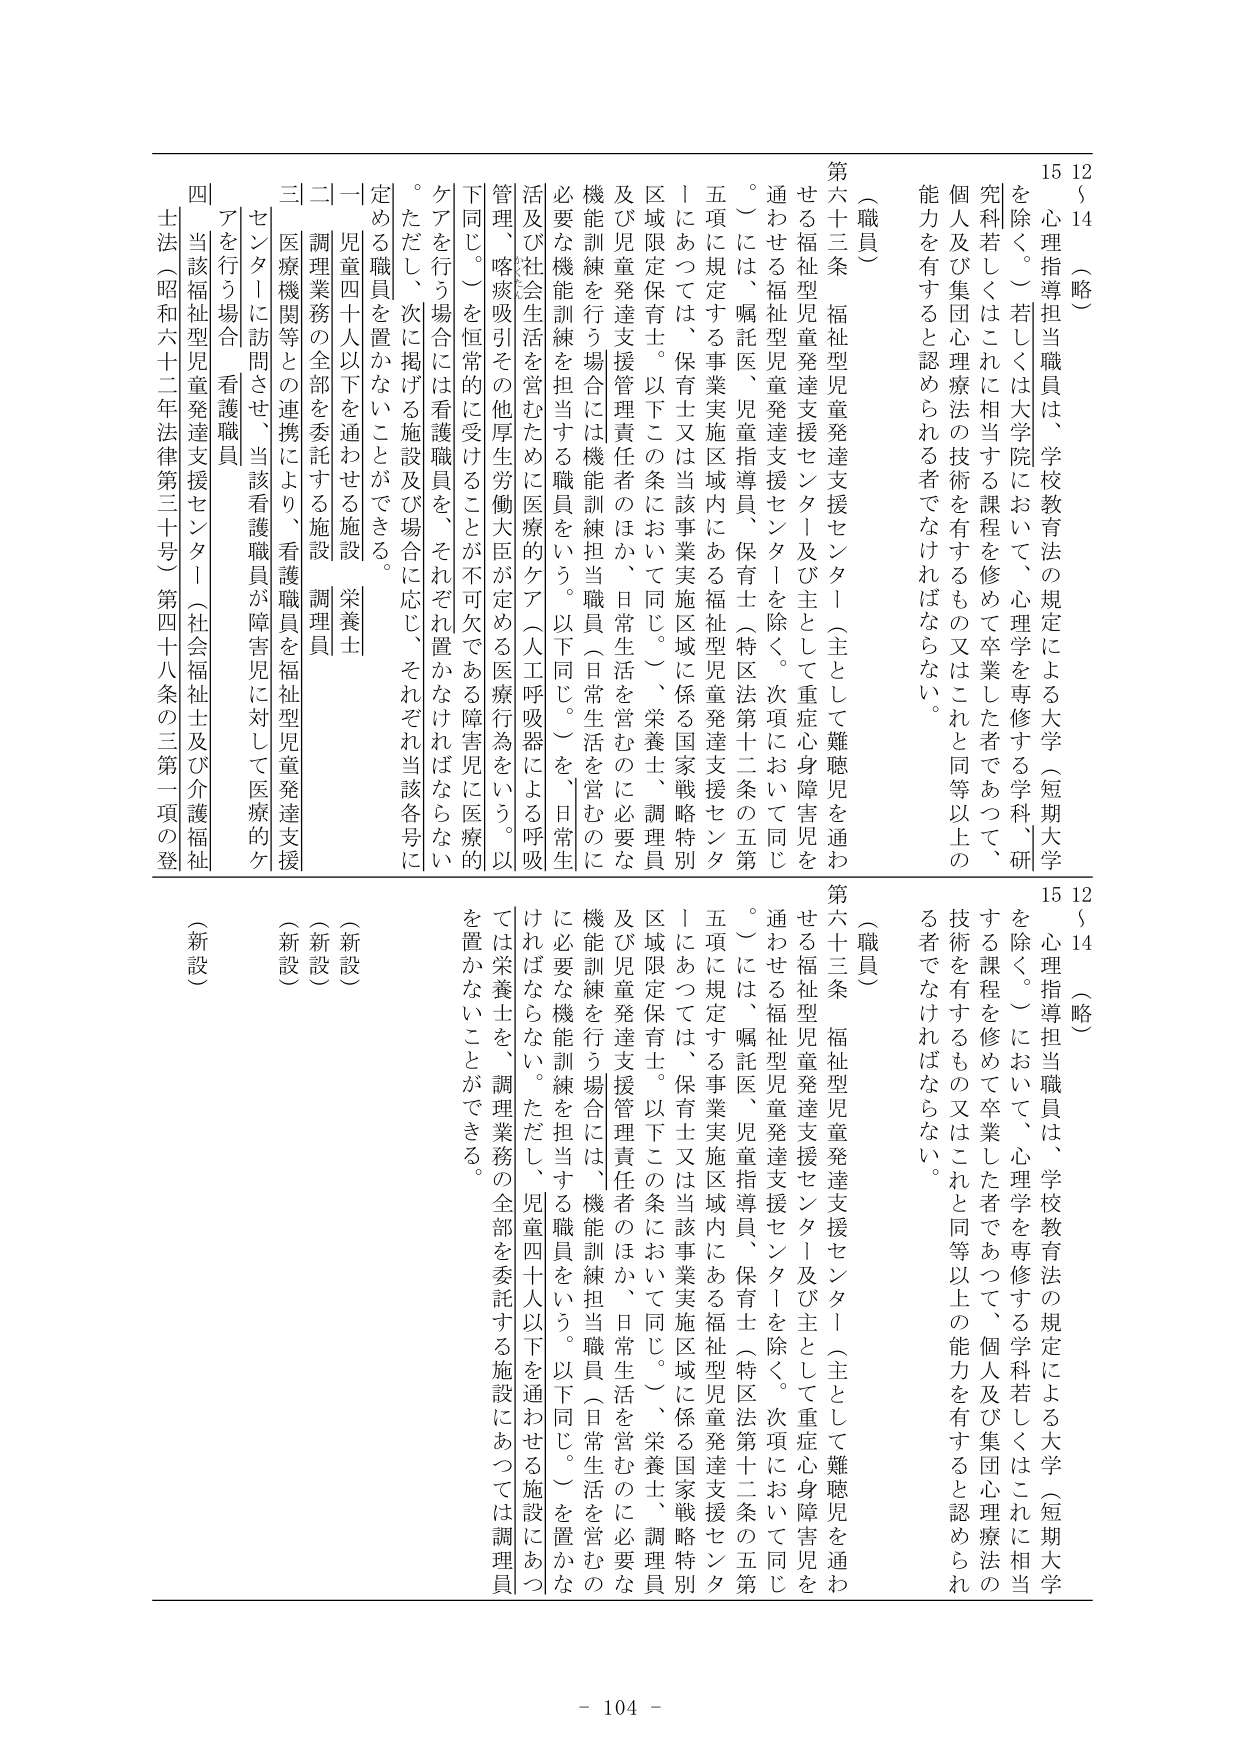
12
14
（略）
15
心理指導担当職員は、学校教育法の規定による大学（短期大学
を除く。）若しくは大学院において、心理学を専修する学科（研
究科若しくはこれに相当する課程を修めて卒業した者であつて、
個人及び集団心理療法の技術を有するもの又はこれと同等以上の
能力を有すると認められる者でなければならない。
（職員）
第六十三条　福祉型児童発達支援センター（主として難聴児を通わ
せる福祉型児童発達支援センター及び主として重症心身障害児を
通わせる福祉型児童発達支援センターを除く。次項において同じ
。）には、嘱託医、児童指導員、保育士（特区法第十二条の五第
五項に規定する事業実施区域内にある福祉型児童発達支援センター
にあつては、保育士又は当該事業実施区域に係る国家戦略特別
区域限定保育士。以下この条において同じ。）、栄養士、調理員
及び児童発達支援管理責任者のほか、日常生活を営むのに必要な
機能訓練を行う場合には機能訓練担当職員（日常生活を営むのに
必要な機能訓練を担当する職員をいう。以下同じ。）を、日常生
活及び社会生活を営むために医療的ケア（人工呼吸器による呼吸
管理、喀痰吸引その他厚生労働大臣が定める医療行為をいう。以
下同じ。）を恒常的に受けることが不可欠である障害児に医療的
ケアを行う場合には看護職員を、それぞれ置かなければならない
。ただし、次に掲げる施設及び場合に応じ、それぞれ該各号に
定める職員を置かないことができる。
一　児童四十人以下を通わせる施設　栄養士
二　調理業務の全部を委託する施設　調理員
三　医療機関との連携により、看護職員が福祉型児童発達支援
センターに訪問させ、当該看護職員が障害児に対して医療的ケ
アを行う場合　看護職員
四　当該福祉型児童発達支援センター（社会福祉士及び介護福祉
士法（昭和六十二年法律第三十号）第四十八条の三第一項の登
（新設）
12
14
（略）
15
心理指導担当職員は、学校教育法の規定による大学（短期大学
を除く。）において、心理学を専修する学科若しくはこれに相当
する課程を修めて卒業した者であつて、個人及び集団心理療法の
技術を有するもの又はこれと同等以上の能力を有すると認められ
る者でなければならない。
（職員）
第六十三条　福祉型児童発達支援センター（主として難聴児を通わ
せる福祉型児童発達支援センター及び主として重症心身障害児を
通わせる福祉型児童発達支援センターを除く。次項において同じ
。）には、嘱託医、児童指導員、保育士（特区法第十二条の五第
五項に規定する事業実施区域内にある福祉型児童発達支援センター
にあつては、保育士又は当該事業実施区域に係る国家戦略特別
区域限定保育士。以下この条において同じ。）、栄養士、調理員
及び児童発達支援管理責任者のほか、日常生活を営むのに必要な
機能訓練を行う場合には、機能訓練担当職員（日常生活を営むの
に必要な機能訓練を担当する職員をいう。以下同じ。）を置かな
ければならない。ただし、児童四十人以下を通わせる施設にあつ
ては栄養士を、調理業務の全部を委託する施設にあつては調理員
を置かないことができる。
（新設）
（新設）
（新設）
- 104 -